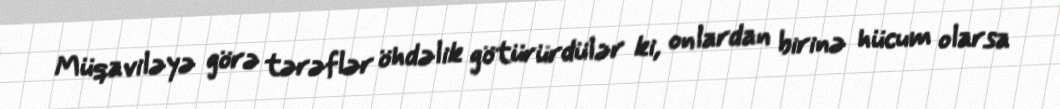
Müqaviləyə görə tərəflər öhdəlik götürürdülər ki, onlardan birinə hücum olarsa